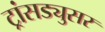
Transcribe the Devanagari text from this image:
ट्रांसड्युसर